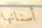
أسنانها